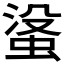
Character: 𮔓